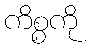
ကိစ္စကို